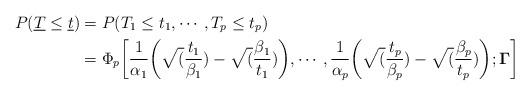
LaTeX: \begin{align*}P(\underline{T}\leq\underline{t})&= P(T_1 \leq t_1,\cdots, T_p \leq t_p)\\&= \Phi_p\bigg[\frac{1}{\alpha_1}\bigg(\sqrt(\frac{t_1}{\beta_1})-\sqrt(\frac{\beta_1}{t_1})\bigg),\cdots,\frac{1}{\alpha_p}\bigg(\sqrt(\frac{t_p}{\beta_p})-\sqrt(\frac{\beta_p}{t_p})\bigg);\mathbf{\Gamma}\bigg]\end{align*}